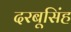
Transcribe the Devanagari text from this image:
दरबूसिंह